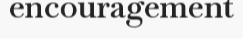
encouragement